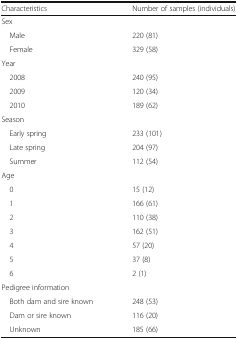
<table><thead><tr><td><b>Characteristics</b></td><td><b>Number of samples (individuals)</b></td></tr></thead><tbody><tr><td colspan="2">Sex</td></tr><tr><td> Male</td><td>220 (81)</td></tr><tr><td> Female</td><td>329 (58)</td></tr><tr><td colspan="2">Year</td></tr><tr><td> 2008</td><td>240 (95)</td></tr><tr><td> 2009</td><td>120 (34)</td></tr><tr><td> 2010</td><td>189 (62)</td></tr><tr><td colspan="2">Season</td></tr><tr><td> Early spring</td><td>233 (101)</td></tr><tr><td> Late spring</td><td>204 (97)</td></tr><tr><td> Summer</td><td>112 (54)</td></tr><tr><td colspan="2">Age</td></tr><tr><td> 0</td><td>15 (12)</td></tr><tr><td> 1</td><td>166 (61)</td></tr><tr><td> 2</td><td>110 (38)</td></tr><tr><td> 3</td><td>162 (51)</td></tr><tr><td> 4</td><td>57 (20)</td></tr><tr><td> 5</td><td>37 (8)</td></tr><tr><td> 6</td><td>2 (1)</td></tr><tr><td colspan="2">Pedigree information</td></tr><tr><td> Both dam and sire known</td><td>248 (53)</td></tr><tr><td> Dam or sire known</td><td>116 (20)</td></tr><tr><td> Unknown</td><td>185 (66)</td></tr></tbody></table>